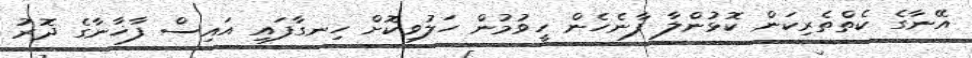
އޭނާގެ ކެތްތެރިކަން ކޮޅުންލާ ފާނެހެން ހީވުމުން ހަލުވިކޮށް ހިނގާފައި އައިސް ފާޚާނާގެ ދޮރު